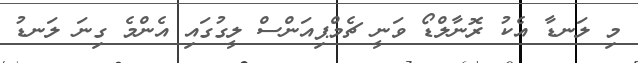
މި ލަނޑާ އެކު ރޮނާލްޑޯ ވަނީ ޗެމްޕިއަންސް ލީގުގައި އެންމެ ގިނަ ލަނޑު